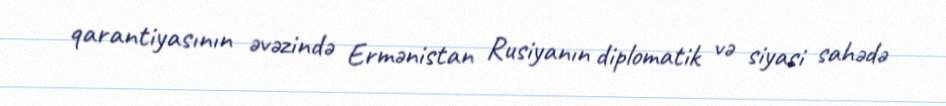
qarantiyasının əvəzində Ermənistan Rusiyanın diplomatik və siyasi sahədə